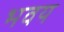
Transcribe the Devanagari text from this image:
भवय